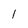
Character: 1